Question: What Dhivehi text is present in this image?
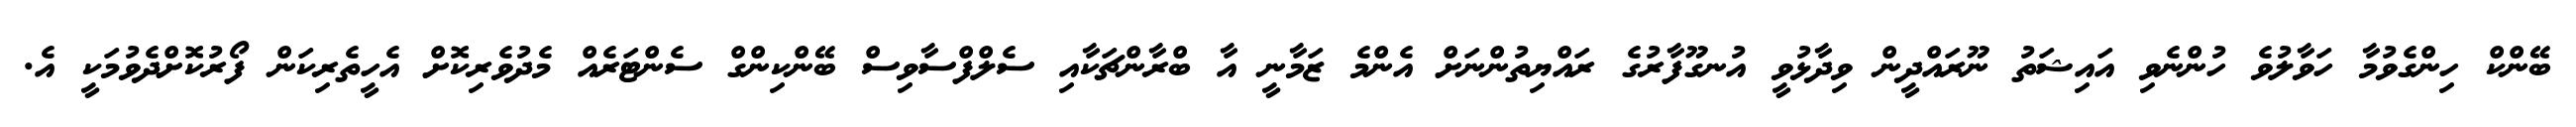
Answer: ބޭންކް ހިންގެވުމާ ހަވާލުވެ ހުންނެވި އައިޝަތު ނޫރައްދީން ވިދާޅުވީ އުނގޫފާރުގެ ރައްޔިތުންނަށް އެންމެ ޒަމާނީ އާ ބްރާންޗަކާއި ސެލްފްސާވިސް ބޭންކިންގް ސެންޓަރެއް މެދުވެރިކޮށް އެހީތެރިކަން ފޯރުކޮށްދެވުމަކީ އެ.